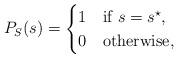
LaTeX: \begin{align*}P_S (s) = \begin{cases} 1 & \textnormal{if } s = s^\star, \\ 0 & \textnormal{otherwise}, \end{cases} \end{align*}